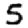
Digit: 5